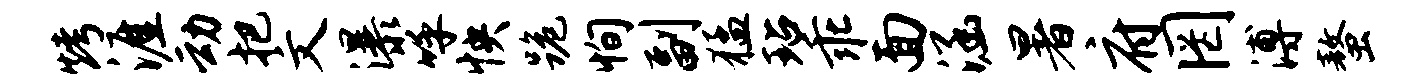
烤涯动把文瀑呼怏跪恂副猛玷乖面涵暑府罔溥螯